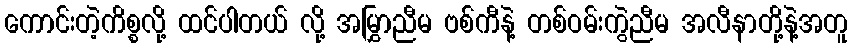
ကောင်းတဲ့ကိစ္စလို့ ထင်ပါတယ် လို့ အမြွှာညီမ ဗစ်ကီနဲ့ တစ်ဝမ်းကွဲညီမ အလီနာတို့နဲ့အတူ